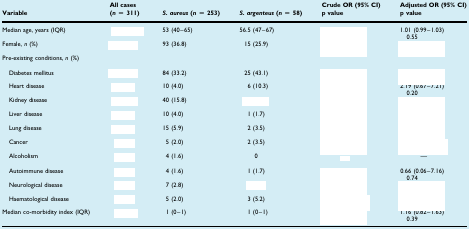
<table><thead><tr><td><b>Variable</b></td><td><b>All cases(<i>n</i> = 311)</b></td><td><b><i>S. aureus</i> (<i>n</i> = 253)</b></td><td><b><i>S. argenteus</i> (<i>n</i> = 58)</b></td><td><b>Crude OR (95% CI)p value</b></td><td><b>Adjusted OR (95% CI)p value</b></td></tr></thead><tbody><tr><td>Median age, years (IQR)</td><td>[EMPTY_CELL]</td><td>53 (40–65)</td><td>56.5 (47–67)</td><td>[EMPTY_CELL]</td><td>1.01 (0.99–1.03)0.55</td></tr><tr><td>Female, <i>n</i> (%)</td><td>[EMPTY_CELL]</td><td>93 (36.8)</td><td>15 (25.9)</td><td>[EMPTY_CELL]</td><td>[EMPTY_CELL]</td></tr><tr><td colspan="6">Pre-existing conditions, <i>n</i> (%)</td></tr><tr><td colspan="6">[EMPTY_CELL]</td></tr><tr><td> Diabetes mellitus</td><td>[EMPTY_CELL]</td><td>84 (33.2)</td><td>25 (43.1)</td><td>[EMPTY_CELL]</td><td>[EMPTY_CELL]</td></tr><tr><td> Heart disease</td><td>[EMPTY_CELL]</td><td>10 (4.0)</td><td>6 (10.3)</td><td>[EMPTY_CELL]</td><td>2.19 (0.67–7.21)0.20</td></tr><tr><td> Kidney disease</td><td>[EMPTY_CELL]</td><td>40 (15.8)</td><td>[EMPTY_CELL]</td><td>[EMPTY_CELL]</td><td>[EMPTY_CELL]</td></tr><tr><td> Liver disease</td><td>[EMPTY_CELL]</td><td>10 (4.0)</td><td>1 (1.7)</td><td>[EMPTY_CELL]</td><td>[EMPTY_CELL]</td></tr><tr><td> Lung disease</td><td>[EMPTY_CELL]</td><td>15 (5.9)</td><td>2 (3.5)</td><td>[EMPTY_CELL]</td><td>[EMPTY_CELL]</td></tr><tr><td> Cancer</td><td>[EMPTY_CELL]</td><td>5 (2.0)</td><td>2 (3.5)</td><td>[EMPTY_CELL]</td><td>[EMPTY_CELL]</td></tr><tr><td> Alcoholism</td><td>[EMPTY_CELL]</td><td>4 (1.6)</td><td>0</td><td>[EMPTY_CELL]</td><td>—</td></tr><tr><td colspan="6">[EMPTY_CELL]</td></tr><tr><td> Autoimmune disease</td><td>[EMPTY_CELL]</td><td>4 (1.6)</td><td>1 (1.7)</td><td>[EMPTY_CELL]</td><td>0.66 (0.06–7.16)0.74</td></tr><tr><td> Neurological disease</td><td>[EMPTY_CELL]</td><td>7 (2.8)</td><td>[EMPTY_CELL]</td><td>[EMPTY_CELL]</td><td>[EMPTY_CELL]</td></tr><tr><td> Haematological disease</td><td>[EMPTY_CELL]</td><td>5 (2.0)</td><td>3 (5.2)</td><td>[EMPTY_CELL]</td><td>[EMPTY_CELL]</td></tr><tr><td>Median co-morbidity index (IQR)</td><td>[EMPTY_CELL]</td><td>1 (0–1)</td><td>1 (0–1)</td><td>[EMPTY_CELL]</td><td>1.16 (0.82–1.63)0.39</td></tr></tbody></table>